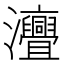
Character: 𤅣